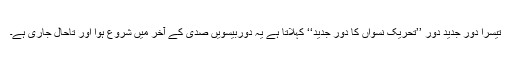
تیسرا دور جدید دور ’’تحریک نسواں کا دور جدید‘‘ کہلاتا ہے یہ دوربیسویں صدی کے آخر میں شروع ہوا اور تاحال جاری ہے۔